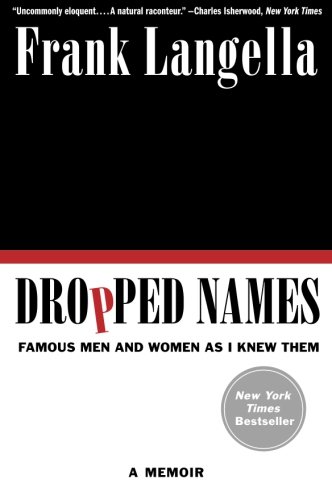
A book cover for Dropped Names: Famous Men and Women As I Knew Them; Frank Langella; Biographies & Memoirs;